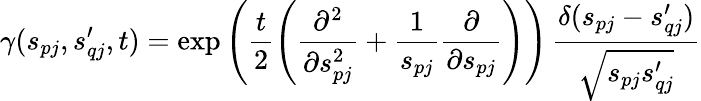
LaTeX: \gamma(s_{pj},s_{qj}^{\prime},t)=\exp\left(\frac{t}{2}\left(\frac{\partial^{2}}{\partial s_{pj}^{2}}+\frac{1}{s_{pj}}\frac{\partial}{\partial s_{pj}}\right)\right)\, \frac{\delta(s_{pj}-s_{qj}^{\prime})}{\sqrt{s_{pj}s_{qj}^{\prime}}}